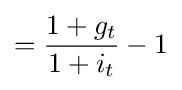
={\frac {1+g_{t}}{1+i_{t}}}-1